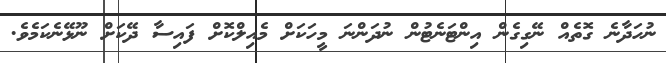
ނުހަދާނެ ގޮތެއް ނޭގިގެން އިންޓަނެޓުން ނުދަންނަ މީހަކަށް މެއިލްކޮށް ފައިސާ ދޭކަށް ނޫޅޭނެކަމެވެ.